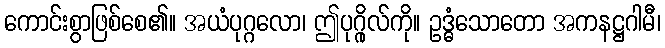
ကောင်းစွာဖြစ်စေ၏။ အယံပုဂ္ဂလော၊ ဤပုဂ္ဂိုလ်ကို။ ဥဒ္ဓံသောတော အကနဋ္ဌဂါမီ၊